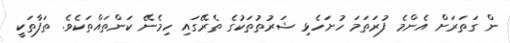
ން ގަތަރަށް އެންމެ ފުރަތަމަ ހުށަހެޅި ޝަރުތުތަކުގެ ތެރޭގައި ހިމެނޭ ކަންތައްތަކެވެ. ތަފާތަކީ